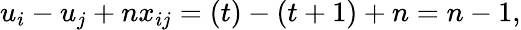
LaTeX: u_{i}-u_{j}+nx_{ij}=(t)-(t+1)+n=n-1,